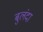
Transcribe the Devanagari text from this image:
बुलंदा